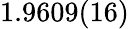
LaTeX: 1.9609(16)